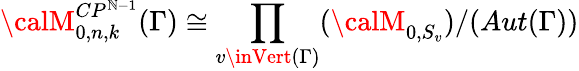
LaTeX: {\calM}_{0,n,k}^{CP^{\mathbb{N}-1}}(\Gamma)\cong\prod_{v\inVert(\Gamma)}({\calM}_{0,S_{v}})/(Aut(\Gamma))